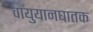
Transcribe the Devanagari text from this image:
वायुयानघातक